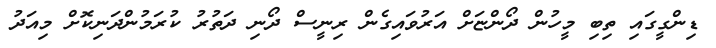
ޑިންގީގައި ތިބި މީހުން ދޯންޏަށް އަރުވައިގެން ރިނީސް ދޯނި ދަތުރު ކުރަމުންދަނިކޮށް މިއަދު